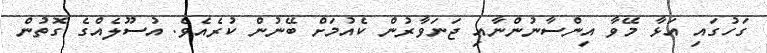
ގަހުގައި އަޅާ މޭވާ އިންސާނުންނާއި ޖަނަވާރުން ކެއުމަށް ބޭނުން ކުރެއެވެ. އުސޫލެއްގެ ގޮތުން